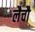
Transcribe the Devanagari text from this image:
लैचौ